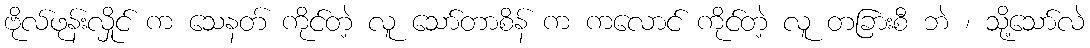
ဗိုလ်ဖုန်းလှိုင် က သေနတ် ကိုင်တဲ့ လူ သော်တာစိန် က ကလောင် ကိုင်တဲ့ လူ တခြားစီ ဘဲ ၊ သို့သော်လဲ